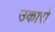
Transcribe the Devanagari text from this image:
उकारो